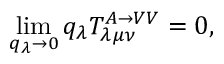
\operatorname * { l i m } _ { q _ { \lambda } \rightarrow 0 } q _ { \lambda } T _ { \lambda \mu \nu } ^ { A \rightarrow V V } = 0 ,